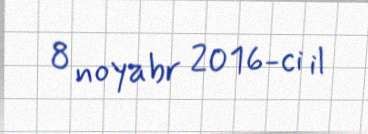
8 noyabr 2016-ci il